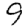
Digit: 9